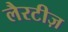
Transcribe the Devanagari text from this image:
लैरटीज़